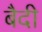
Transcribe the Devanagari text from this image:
बैदी